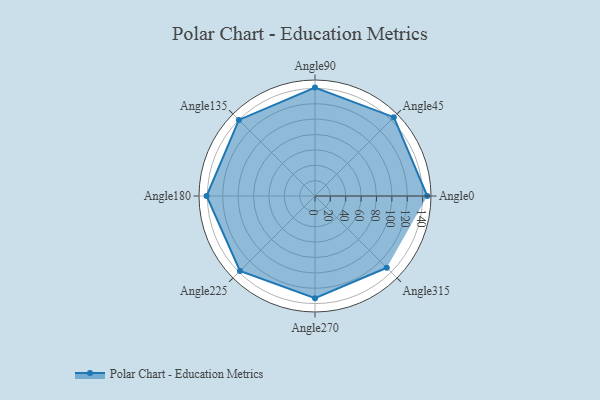
{"axis": {"x": "Angle", "y": "Radius"}, "legend": [""], "data": [{"x": "Angle0", "y": 146.0, "type": ""}, {"x": "Angle45", "y": 145.0, "type": ""}, {"x": "Angle90", "y": 141.0, "type": ""}, {"x": "Angle135", "y": 140.0, "type": ""}, {"x": "Angle180", "y": 141.0, "type": ""}, {"x": "Angle225", "y": 138.0, "type": ""}, {"x": "Angle270", "y": 133.0, "type": ""}, {"x": "Angle315", "y": 132.0, "type": ""}]}